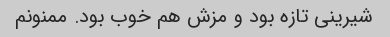
شیرینی تازه بود و مزش هم خوب بود. ممنونم